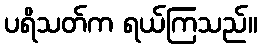
ပရိသတ်က ရယ်ကြသည်။